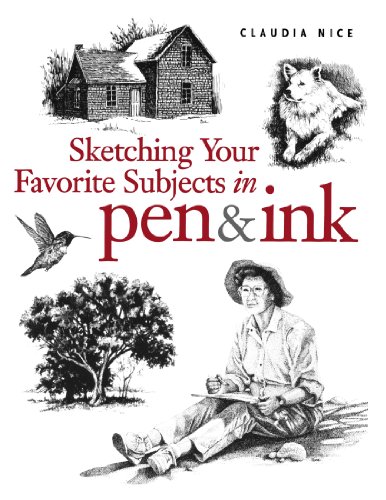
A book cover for Sketching Your Favorite Subjects in Pen & Ink; Claudia Nice; Arts & Photography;